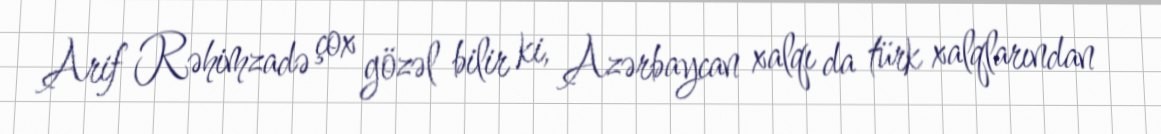
Arif Rəhimzadə çox gözəl bilir ki, Azərbaycan xalqı da türk xalqlarından